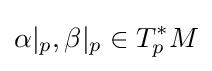
\alpha |_{p},\beta |_{p}\in T_{p}^{*}M